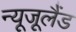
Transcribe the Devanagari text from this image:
न्यूजूलैंड